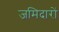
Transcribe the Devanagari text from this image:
जमिदारों